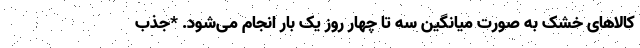
کالاهای خشک به صورت میانگین سه تا چهار روز یک بار انجام می‌شود. *جذب